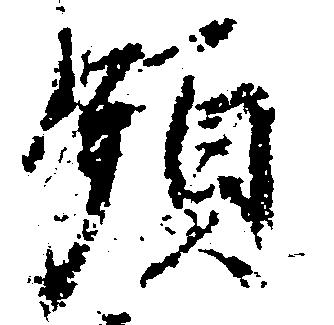
領